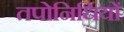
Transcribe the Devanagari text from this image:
तपोनिधियों